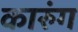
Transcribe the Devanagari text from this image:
कारुंग